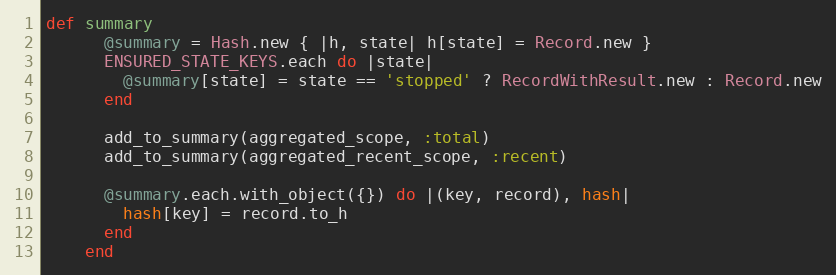
Language: Ruby
def summary
      @summary = Hash.new { |h, state| h[state] = Record.new }
      ENSURED_STATE_KEYS.each do |state|
        @summary[state] = state == 'stopped' ? RecordWithResult.new : Record.new
      end

      add_to_summary(aggregated_scope, :total)
      add_to_summary(aggregated_recent_scope, :recent)

      @summary.each.with_object({}) do |(key, record), hash|
        hash[key] = record.to_h
      end
    end